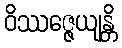
ဝိဿဇ္ဇေယျန္တိ